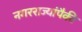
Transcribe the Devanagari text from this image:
नगरराज्यांपैकी